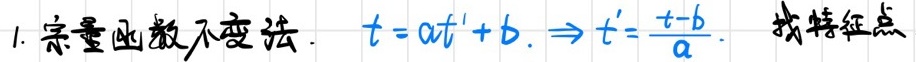
1. 宗量函数不变法. $t = at'+b.\Rightarrow t'=\frac{t - b}{a}.$ 找特征点